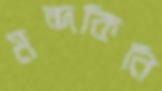
মন্দকিনি